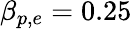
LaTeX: \beta_{p,e}=0.25